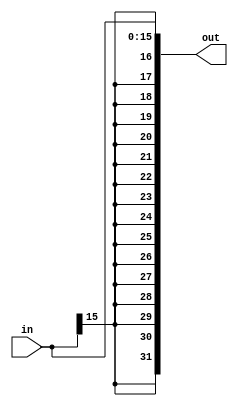
module SE(in, out);
	
	// input signal
	input [15:0] in;
	
	// output signal
	output reg[31:0] out;
	
	always @(in) begin
		out <= {{16{in[15]}},in[15:0]};
	end
endmodule